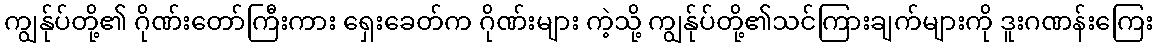
ကျွန်ုပ်တို့၏ ဂိုဏ်းတော်ကြီးကား ရှေးခေတ်က ဂိုဏ်းများ ကဲ့သို့ ကျွန်ုပ်တို့၏သင်ကြားချက်များကို ဒူးဂဏန်းကြေး